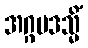
အဂ္ဂပဒသ္မိံ